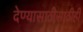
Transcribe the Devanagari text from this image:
देण्यासाठीसाठीही